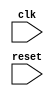
module timing_control_and_sync(
    input wire clk,
    input wire reset,
    //Add other input and output ports as needed
);

//Add verilog code for timing control and synchronization blocks here

endmodule